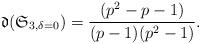
LaTeX: \begin{align*}\mathfrak{d}(\mathfrak{S}_{3,\delta=0}) = \frac{(p^2-p-1)}{(p-1)(p^2-1)}.\end{align*}